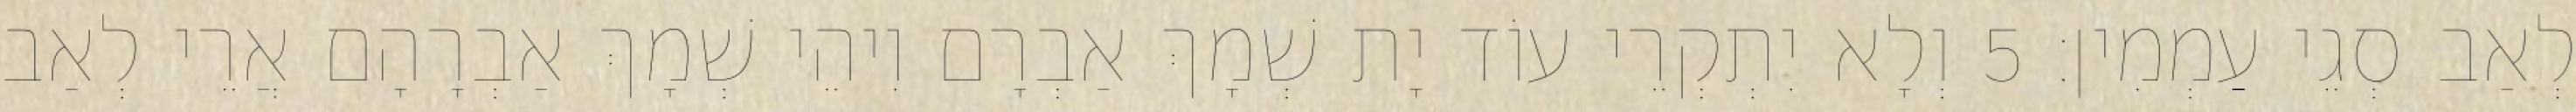
לְאַב סְגֵי עַמְמִין׃ 5 וְלָא יִתְקְרֵי עוֹד יָת שְׁמָךְ אַבְרָם וִיהֵי שְׁמָךְ אַבְרָהָם אֲרֵי לְאַב